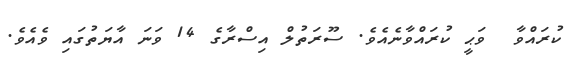
ކުރައްވާ  ވަޙީ ކުރައްވާނެއެވެ. ސޫރަތުލް އިސްރާގެ 14 ވަނަ އާޔަތުގައި ވެއެވެ.